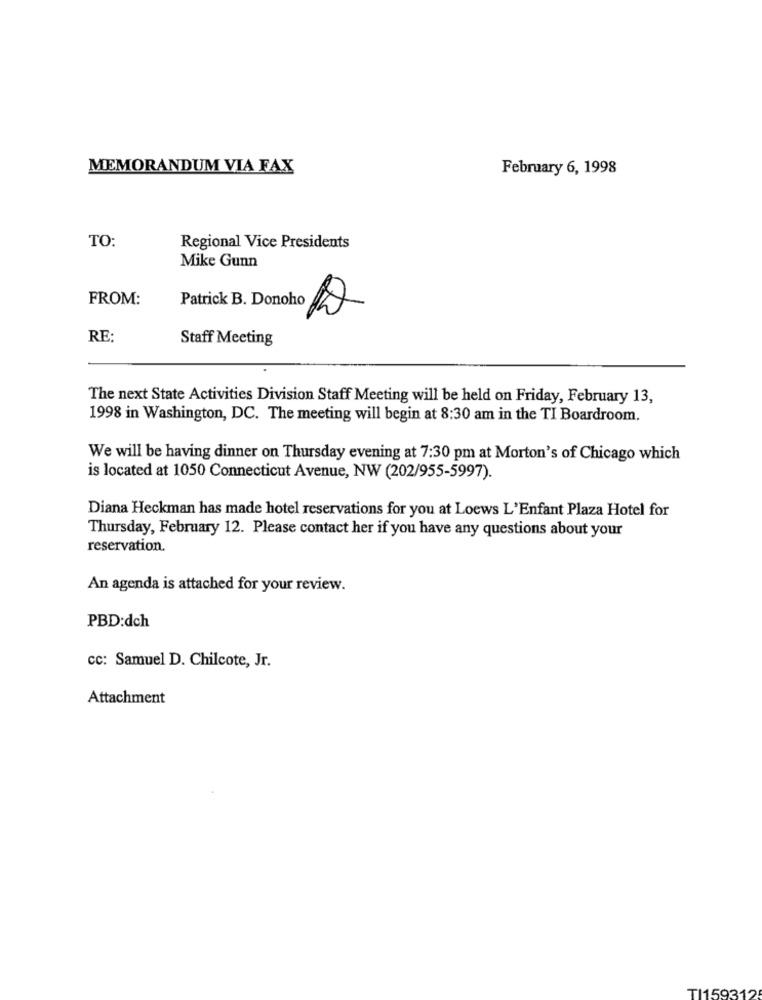
MEMORANDUM VIA FAX
February 6, 1998
TO:
Regional Vice Presidents
Mike Gunn
FROM:
Patrick B. Donoho 2
RE:
Staff Meeting
The next State Activities Division Staff Meeting will be held on Friday, February 13,
1998 in Washington, DC. The meeting will begin at 8:30 am in the TI Boardroom.
We will be having dinner on Thursday evening at 7:30 pm at Morton's of Chicago which
is located at 1050 Connecticut Avenue, NW (202/955-5997).
Diana Heckman has made hotel reservations for you at Loews L'Enfant Plaza Hotel for
Thursday, February 12. Please contact her if you have any questions about your
reservation.
An agenda is attached for your review.
PBD:dch
cc: Samuel D. Chilcote, Jr.
Attachment
TI159312